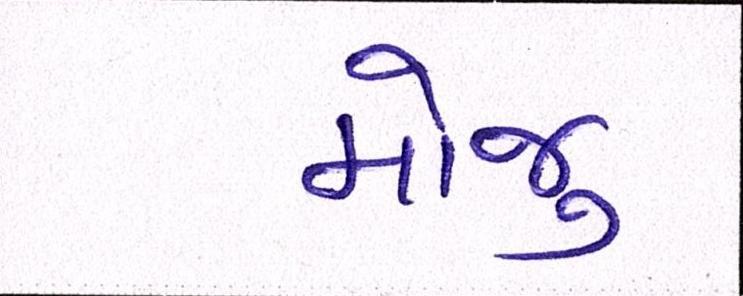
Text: મોજુ